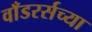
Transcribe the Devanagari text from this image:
वाँडरर्सच्या